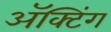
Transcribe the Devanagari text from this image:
अॅक्टिंग